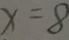
x = 8